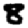
Digit: 8